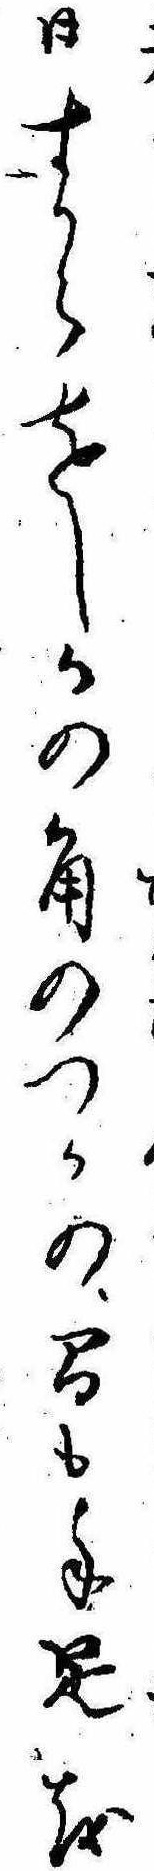
日すからをしかの角のつかの間も手足を